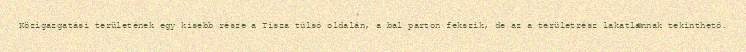
Közigazgatási területének egy kisebb része a Tisza túlsó oldalán, a bal parton fekszik, de az a területrész lakatlannak tekinthető.